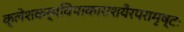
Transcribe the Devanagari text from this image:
क्लेशकर्मविपाकाराशयैरपरामृष्टः